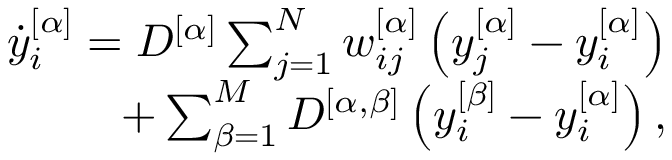
\begin{array} { r } { \dot { y } _ { i } ^ { [ \alpha ] } = D ^ { [ \alpha ] } \sum _ { j = 1 } ^ { N } w _ { i j } ^ { [ \alpha ] } \left( y _ { j } ^ { [ \alpha ] } - y _ { i } ^ { [ \alpha ] } \right) } \\ { \qquad \qquad + \sum _ { \beta = 1 } ^ { M } D ^ { [ \alpha , \beta ] } \left( y _ { i } ^ { [ \beta ] } - y _ { i } ^ { [ \alpha ] } \right) , } \end{array}